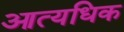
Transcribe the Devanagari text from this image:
आत्यधिक